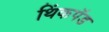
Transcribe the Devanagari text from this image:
थिंकपॅड